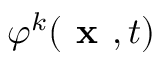
\varphi ^ { k } ( \textbf { x } , t )